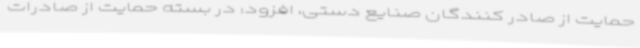
حمایت از صادر کنندگان صنایع دستی،‌ افزود: در بسته حمایت از صادرات